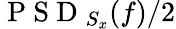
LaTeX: \mathrm{~P~S~D~}_{S_{x}}(f)/2